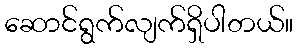
ဆောင်ရွက်လျက်ရှိပါတယ်။